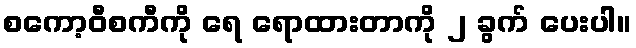
စကော့ဝီစကီကို ရေ ရောထားတာကို ၂ ခွက် ပေးပါ။